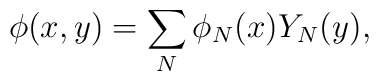
\phi (x,y) = \sum_{N} \phi _{N} (x) Y_{N} (y),